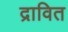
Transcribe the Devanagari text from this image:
द्रावित